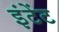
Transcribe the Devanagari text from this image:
इंटेंट